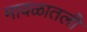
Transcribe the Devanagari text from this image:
मावळातली